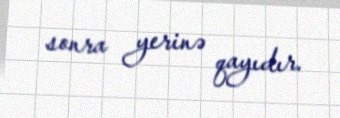
sonra yerinə qayıdır.